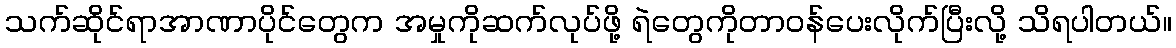
သက်ဆိုင်ရာအာဏာပိုင်တွေက အမှုကိုဆက်လုပ်ဖို့ ရဲတွေကိုတာဝန်ပေးလိုက်ပြီးလို့ သိရပါတယ်။